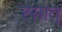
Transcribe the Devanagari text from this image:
रसात्